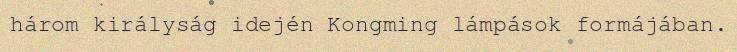
három királyság idején Kongming lámpások formájában.